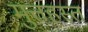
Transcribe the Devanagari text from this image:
मुत्तहस्त